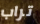
تراب